Indian journal of veterinary science and animal husbandry - Volume 6,
Year: 1936
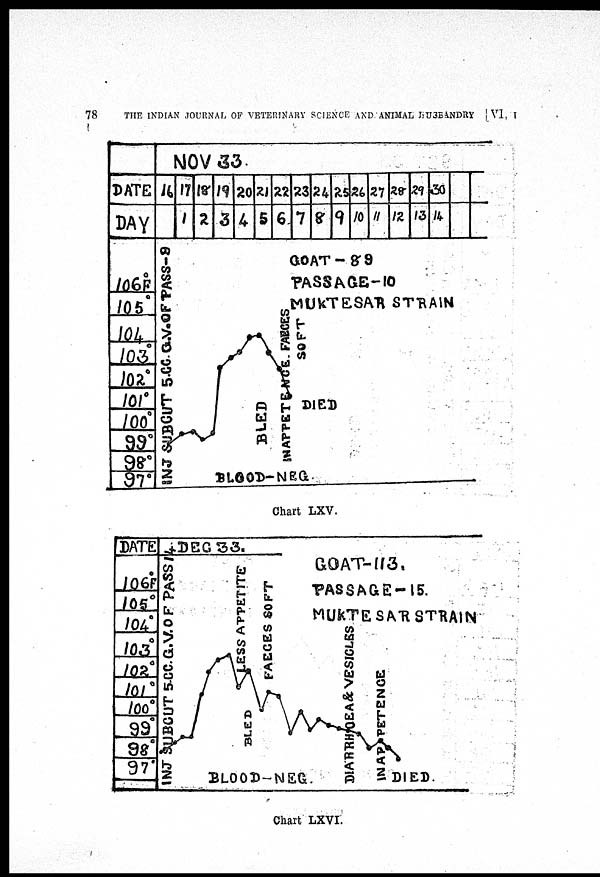
78
THE INDIAN JOURNAL OF VETERINARY SCIENCE AND ANIMAL HUSBANDRY [ VI, I
Chart LXV.
Chart LXVI.